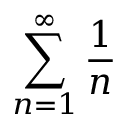
\sum _ { n = 1 } ^ { \infty } { \frac { 1 } { n } }